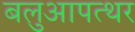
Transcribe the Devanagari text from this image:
बलुआपत्थर